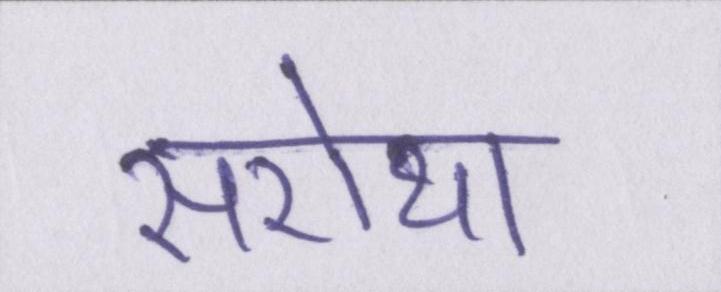
सरोथा